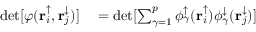
\begin{array} { r l } { \operatorname* { d e t } [ \varphi ( \mathbf { r } _ { i } ^ { \uparrow } , \mathbf { r } _ { j } ^ { \downarrow } ) ] } & { { } = \operatorname* { d e t } [ \sum _ { \gamma = 1 } ^ { p } \phi _ { \gamma } ^ { \uparrow } ( \mathbf { r } _ { i } ^ { \uparrow } ) \phi _ { \gamma } ^ { \downarrow } ( \mathbf { r } _ { j } ^ { \downarrow } ) ] } \end{array}